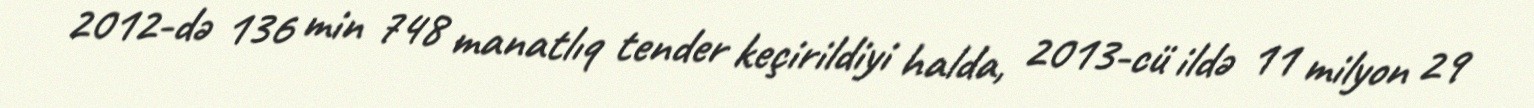
2012-də 136 min 748 manatlıq tender keçirildiyi halda, 2013-cü ildə 11 milyon 29